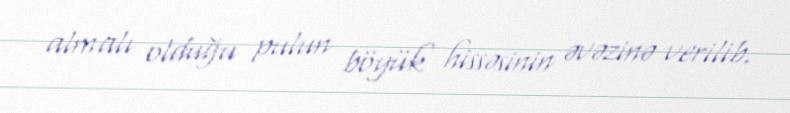
almalı olduğu pulun böyük hissəsinin əvəzinə verilib.